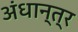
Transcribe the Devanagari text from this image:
अंधान्त्र